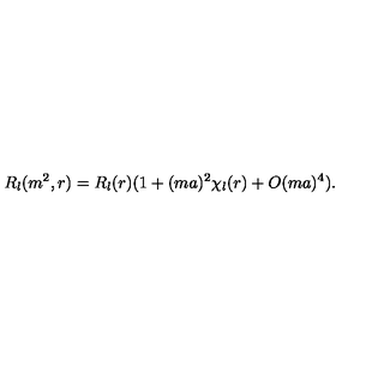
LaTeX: R _ { l } ( m ^ { 2 } , r ) = R _ { l } ( r ) ( 1 + ( m a ) ^ { 2 } \chi _ { l } ( r ) + O ( m a ) ^ { 4 } ) .